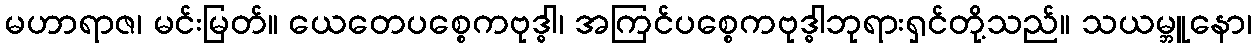
မဟာရာဇ၊ မင်းမြတ်။ ယေတေပစ္စေကဗုဒ္ဓါ၊ အကြင်ပစ္စေကဗုဒ္ဓါဘုရားရှင်တို့သည်။ သယမ္ဘူနော၊